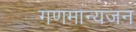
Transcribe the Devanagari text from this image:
गणमान्यजन